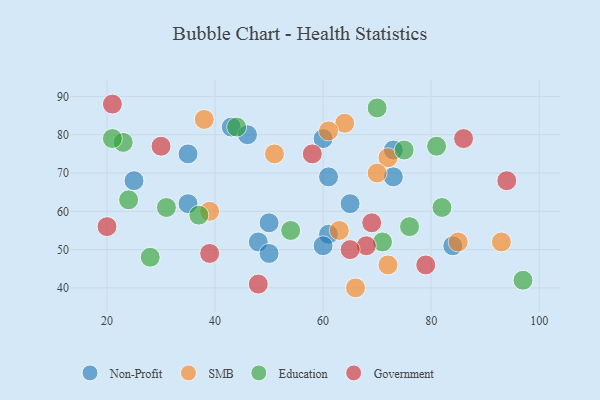
{"axis": {"x": "GDP", "y": "Life Expectancy"}, "legend": ["Education", "Government", "Non-Profit", "SMB"], "data": [{"x": "25", "y": 68, "type": "Non-Profit"}, {"x": "61", "y": 69, "type": "Non-Profit"}, {"x": "65", "y": 62, "type": "Non-Profit"}, {"x": "73", "y": 76, "type": "Non-Profit"}, {"x": "50", "y": 57, "type": "Non-Profit"}, {"x": "60", "y": 79, "type": "Non-Profit"}, {"x": "35", "y": 75, "type": "Non-Profit"}, {"x": "61", "y": 54, "type": "Non-Profit"}, {"x": "84", "y": 51, "type": "Non-Profit"}, {"x": "43", "y": 82, "type": "Non-Profit"}, {"x": "48", "y": 52, "type": "Non-Profit"}, {"x": "35", "y": 62, "type": "Non-Profit"}, {"x": "46", "y": 80, "type": "Non-Profit"}, {"x": "50", "y": 49, "type": "Non-Profit"}, {"x": "60", "y": 51, "type": "Non-Profit"}, {"x": "73", "y": 69, "type": "Non-Profit"}, {"x": "38", "y": 84, "type": "SMB"}, {"x": "72", "y": 74, "type": "SMB"}, {"x": "63", "y": 55, "type": "SMB"}, {"x": "64", "y": 83, "type": "SMB"}, {"x": "61", "y": 81, "type": "SMB"}, {"x": "93", "y": 52, "type": "SMB"}, {"x": "70", "y": 70, "type": "SMB"}, {"x": "66", "y": 40, "type": "SMB"}, {"x": "39", "y": 60, "type": "SMB"}, {"x": "85", "y": 52, "type": "SMB"}, {"x": "51", "y": 75, "type": "SMB"}, {"x": "72", "y": 46, "type": "SMB"}, {"x": "54", "y": 55, "type": "Education"}, {"x": "82", "y": 61, "type": "Education"}, {"x": "81", "y": 77, "type": "Education"}, {"x": "71", "y": 52, "type": "Education"}, {"x": "44", "y": 82, "type": "Education"}, {"x": "75", "y": 76, "type": "Education"}, {"x": "23", "y": 78, "type": "Education"}, {"x": "76", "y": 56, "type": "Education"}, {"x": "31", "y": 61, "type": "Education"}, {"x": "24", "y": 63, "type": "Education"}, {"x": "37", "y": 59, "type": "Education"}, {"x": "70", "y": 87, "type": "Education"}, {"x": "21", "y": 79, "type": "Education"}, {"x": "97", "y": 42, "type": "Education"}, {"x": "28", "y": 48, "type": "Education"}, {"x": "39", "y": 49, "type": "Government"}, {"x": "94", "y": 68, "type": "Government"}, {"x": "86", "y": 79, "type": "Government"}, {"x": "79", "y": 46, "type": "Government"}, {"x": "20", "y": 56, "type": "Government"}, {"x": "68", "y": 51, "type": "Government"}, {"x": "58", "y": 75, "type": "Government"}, {"x": "65", "y": 50, "type": "Government"}, {"x": "21", "y": 88, "type": "Government"}, {"x": "30", "y": 77, "type": "Government"}, {"x": "69", "y": 57, "type": "Government"}, {"x": "48", "y": 41, "type": "Government"}]}